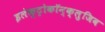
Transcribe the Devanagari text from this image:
इलेक्ट्रोकॉन्क्लुजिव